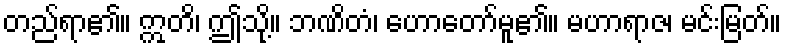
တည်ရာ၏။ ဣတိ၊ ဤသို့။ ဘဏိတံ၊ ဟောတော်မူ၏။ မဟာရာဇ၊ မင်းမြတ်။